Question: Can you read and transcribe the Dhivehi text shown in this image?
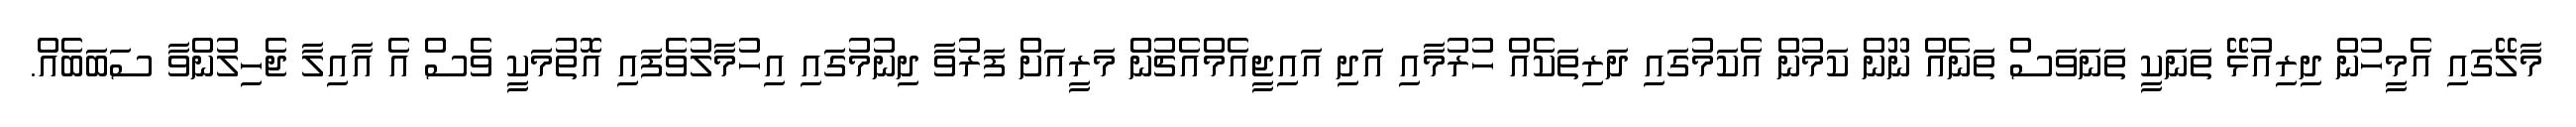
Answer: މާލޭގައި އެމީހުން ދިރިއުޅޭ ތަނަކީ ތަނަވަސް ތަނެއް ނޫން ކަމުން އެކަމުގައި ދަރިތަކެއް ހުރުމާއި އަދި އައިޖީއެމްއެޗުން މަރީއަށް ފަރުވާ ދިނުމުގައި އިހުމާލުވެފައި އޮތުމަކީ ވެސް އެ އާއިލާ ޖެހިލުންވާ ސަބަބެއް.